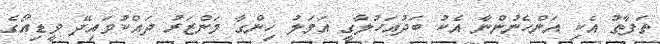
ތަފާތު އެކި އަންހެނުންނާ އެކު ބަދުއަހުލާގީ އަމަލު ހިންގާ މަންޒަރު ދައްކުވައިދޭ ވީޑިއޯގެ